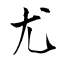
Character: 尤